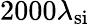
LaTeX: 2000\lambda_{\mathrm{si}}